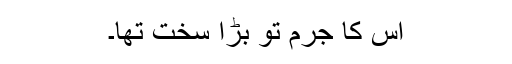
اس کا جرم تو بڑا سخت تھا۔